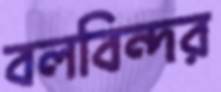
বলবিন্দর